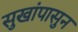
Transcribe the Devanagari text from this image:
सुखांपासुन